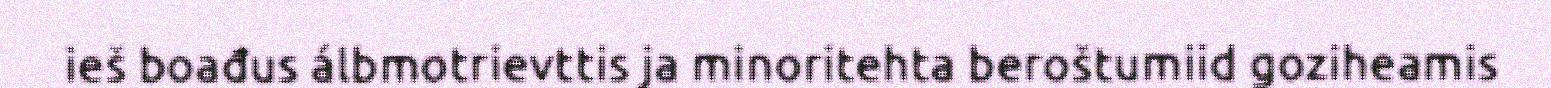
ieš boađus álbmotrievttis ja minoritehta beroštumiid goziheamis